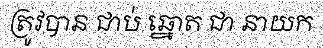
ត្រូវបាន ជាប់ ឆ្នោត ជា នាយក